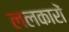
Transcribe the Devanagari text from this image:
ललकारों